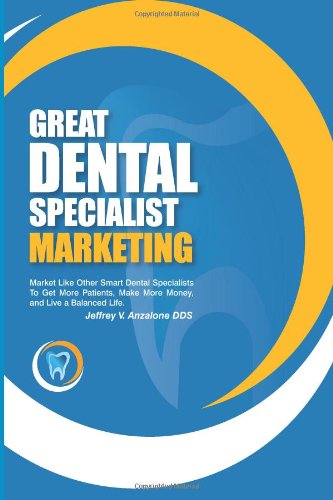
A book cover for Great Dental Specialist Marketing; Dr. Jeffrey V. Anzalone; Medical Books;